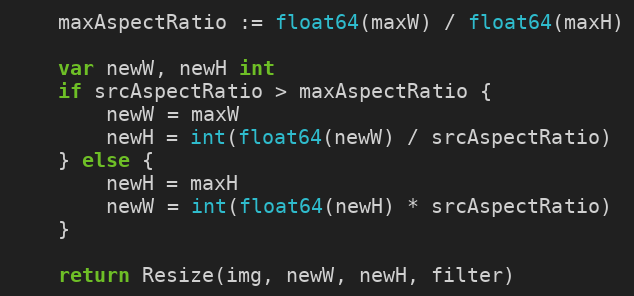
Language: Go
	maxAspectRatio := float64(maxW) / float64(maxH)

	var newW, newH int
	if srcAspectRatio > maxAspectRatio {
		newW = maxW
		newH = int(float64(newW) / srcAspectRatio)
	} else {
		newH = maxH
		newW = int(float64(newH) * srcAspectRatio)
	}

	return Resize(img, newW, newH, filter)